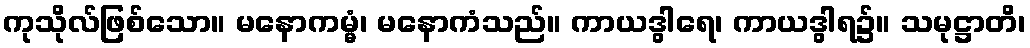
ကုသိုလ်ဖြစ်သော။ မနောကမ္မံ၊ မနောကံသည်။ ကာယဒွါရေ၊ ကာယဒွါရ၌။ သမုဋ္ဌာတိ၊